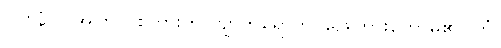
(ဝစနံ))၊ အကြင် စကားကို။ ဗျာကရောတိ၊ ဖြေကြားတော်မူ၏။ တံ၊